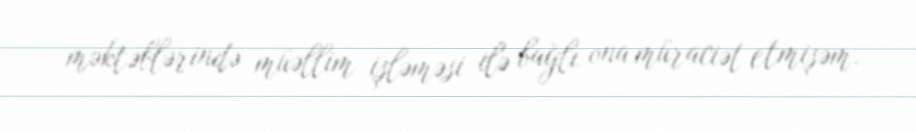
məktəblərində müəllim işləməsi ilə bağlı ona müraciət etmişəm.